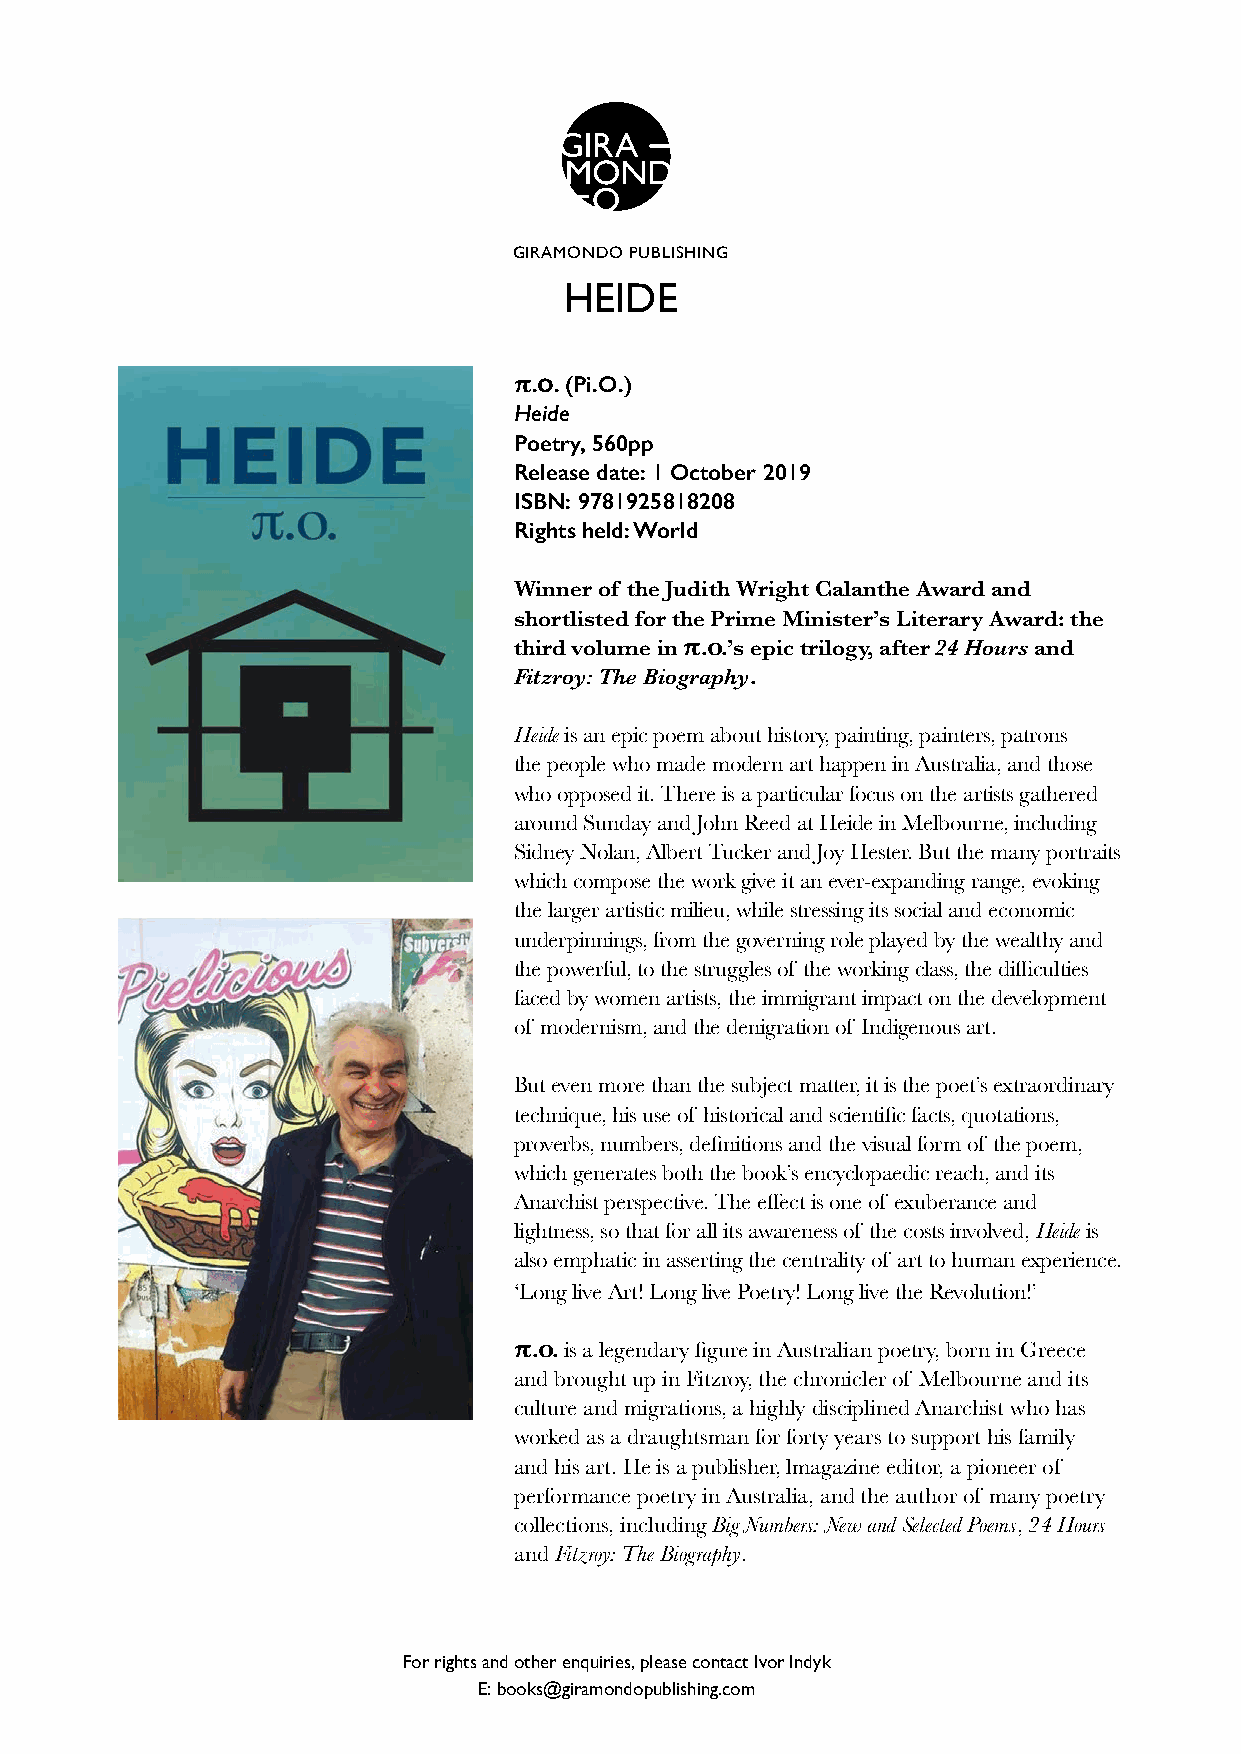
GIRAMONDO PUBLISHING
 HEIDE
 π.o. (Pi.O.)
 Heide
 Poetry, 560pp
 Release date: 1 October 2019
 ISBN: 9781925818208
 Rights held: World
 Winner of the Judith Wright Calanthe Award and
 shortlisted for the Prime Minister’s Literary Award: the
 third volume in π.o.’s epic trilogy, after 24 Hours and
 Fitzroy: The Biography.
 Heide is an epic poem about history, painting, painters, patrons –
 the people who made modern art happen in Australia, and those
 who opposed it. There is a particular focus on the artists gathered
 around Sunday and John Reed at Heide in Melbourne, including
 Sidney Nolan, Albert Tucker and Joy Hester. But the many portraits
 which compose the work give it an ever-expanding range, evoking
 the larger artistic milieu, while stressing its social and economic
 underpinnings, from the governing role played by the wealthy and
 the powerful, to the struggles of the working class, the difficulties
 faced by women artists, the immigrant impact on the development
 of modernism, and the denigration of Indigenous art.
 But even more than the subject matter, it is the poet’s extraordinary
 technique, his use of historical and scientific facts, quotations,
 proverbs, numbers, definitions and the visual form of the poem,
 which generates both the book’s encyclopaedic reach, and its
 Anarchist perspective. The effect is one of exuberance and
 lightness, so that for all its awareness of the costs involved, Heide is
 also emphatic in asserting the centrality of art to human experience.
 ‘Long live Art! Long live Poetry! Long live the Revolution!’
 π.o. is a legendary figure in Australian poetry, born in Greece
 and brought up in Fitzroy, the chronicler of Melbourne and its
 culture and migrations, a highly disciplined Anarchist who has
 worked as a draughtsman for forty years to support his family
 and his art. He is a publisher, lmagazine editor, a pioneer of
 performance poetry in Australia, and the author of many poetry
 collections, including Big Numbers: New and Selected Poems, 24 Hours
 and Fitzroy: The Biography.
 For rights and other enquiries, please contact Ivor Indyk
 E: books@giramondopublishing.com